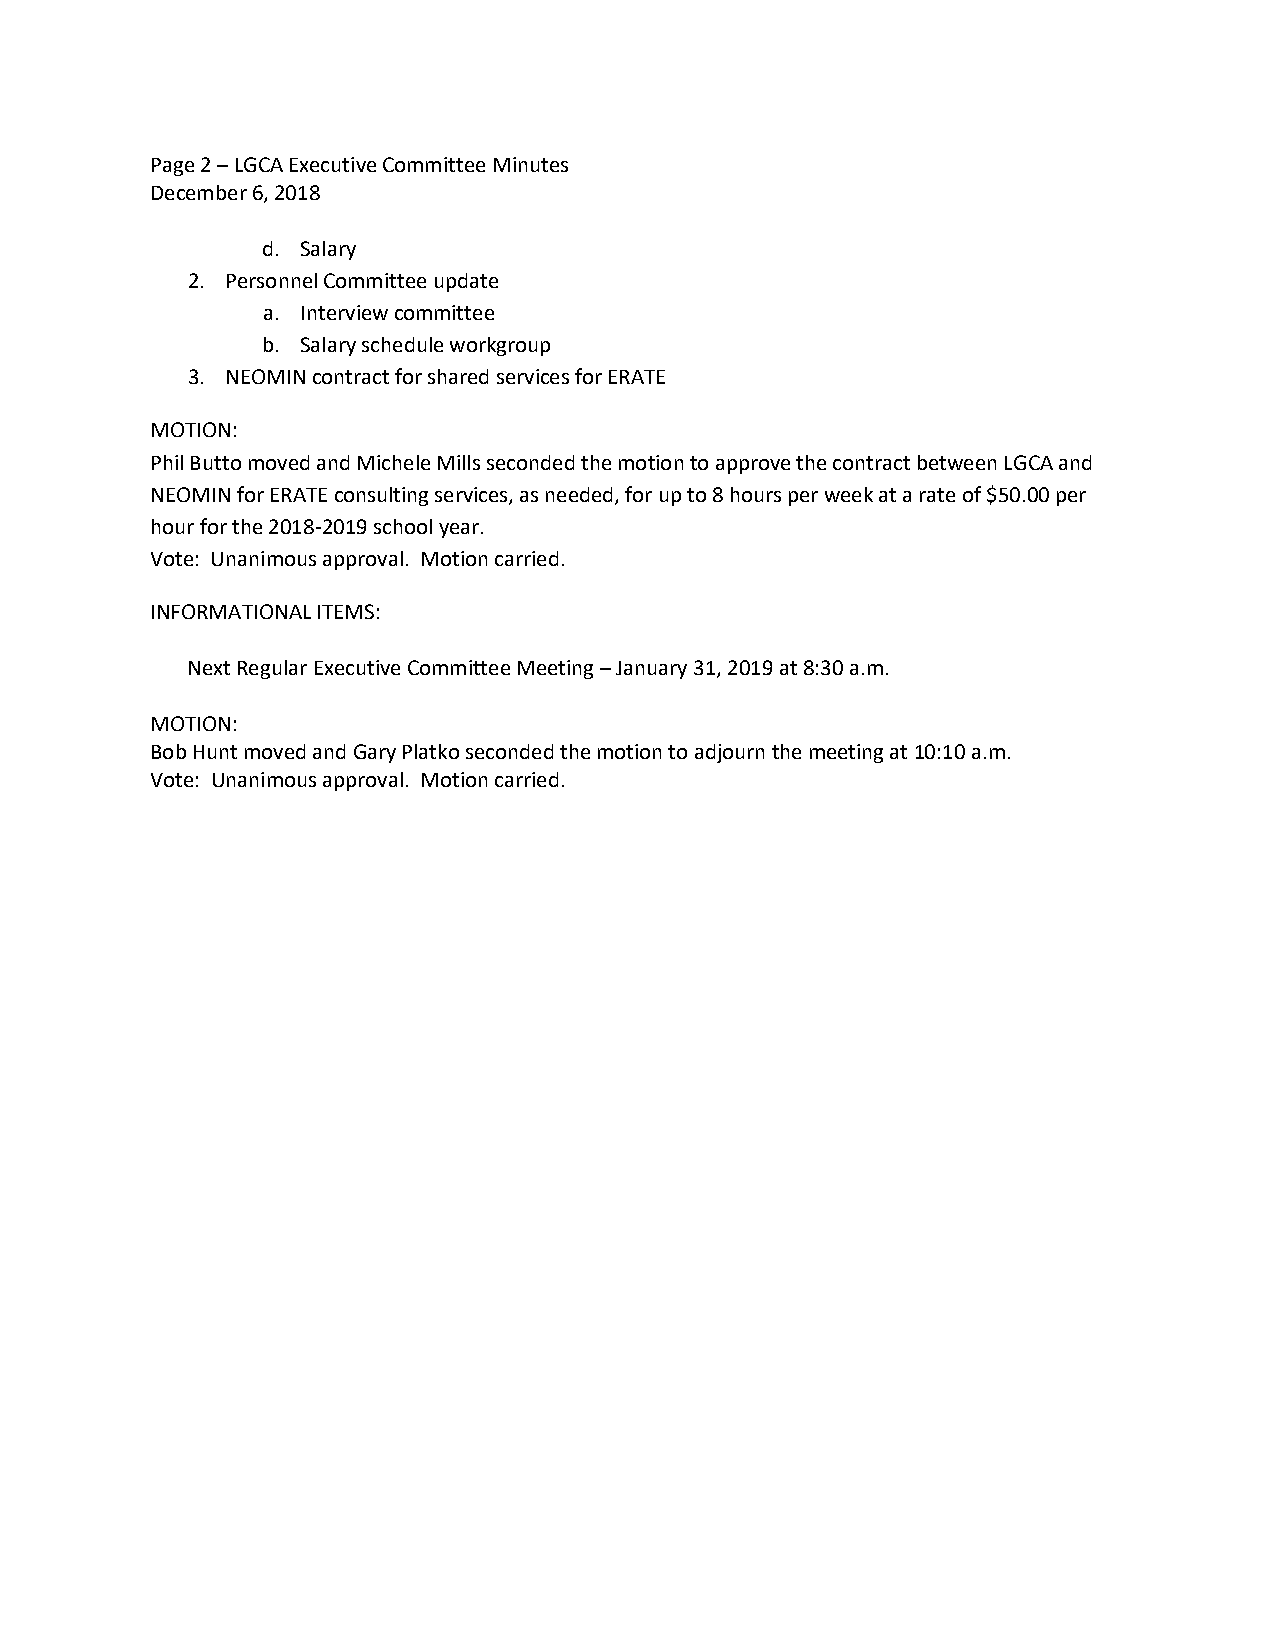
Page 2 – LGCA Executive Committee Minutes
 December 6, 2018
 d. Salary
 2. Personnel Committee update
 a. Interview committee
 b. Salary schedule workgroup
 3. NEOMIN contract for shared services for ERATE
 MOTION:
 Phil Butto moved and Michele Mills seconded the motion to approve the contract between LGCA and
 NEOMIN for ERATE consulting services, as needed, for up to 8 hours per week at a rate of $50.00 per
 hour for the 2018-2019 school year.
 Vote: Unanimous approval. Motion carried.
 INFORMATIONAL ITEMS:
 Next Regular Executive Committee Meeting – January 31, 2019 at 8:30 a.m.
 MOTION:
 Bob Hunt moved and Gary Platko seconded the motion to adjourn the meeting at 10:10 a.m.
 Vote: Unanimous approval. Motion carried.